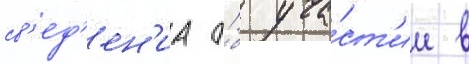
св'ед'ен'иа о́б уча́ст'ии в